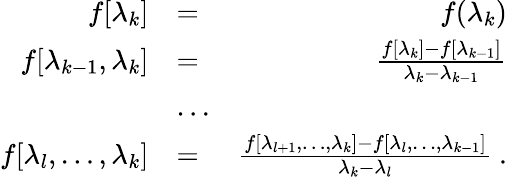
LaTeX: \begin{array}{rlr}{f[\lambda_{k}]}&{=}&{f(\lambda_{k})}\\ {f[\lambda_{k-1},\lambda_{k}]}&{=}&{\frac{f[\lambda_{k}]-f[\lambda_{k-1}]}{\lambda_{k}-\lambda_{k-1}}}\\ &{\dots}&\\ {f[\lambda_{l},\dots,\lambda_{k}]}&{=}&{\frac{f[\lambda_{l+1},\dots,\lambda_{k}]-f[\lambda_{l},\dots,\lambda_{k-1}]}{\lambda_{k}-\lambda_{l}}~.}\end{array}